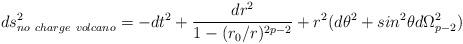
LaTeX: \begin{align*}ds^2_{no \ charge \ volcano} = -dt^2+\frac{dr^2}{1-(r_0/r)^{2p-2}}+ r^2 (d\theta^2 + sin^2\theta d\Omega_{p-2}^2)\end{align*}